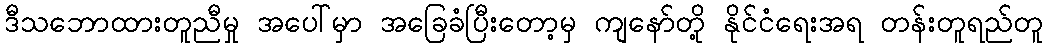
ဒီသဘောထားတူညီမှု အပေါ်မှာ အခြေခံပြီးတော့မှ ကျနော်တို့ နိုင်ငံရေးအရ တန်းတူရည်တူ